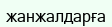
жанжалдарға